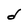
Character: d